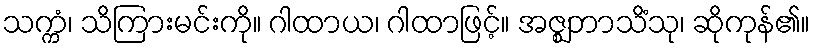
သက္ကံ၊ သိကြားမင်းကို။ ဂါထာယ၊ ဂါထာဖြင့်။ အဇ္ဈဘာသိံသု၊ ဆိုကုန်၏။